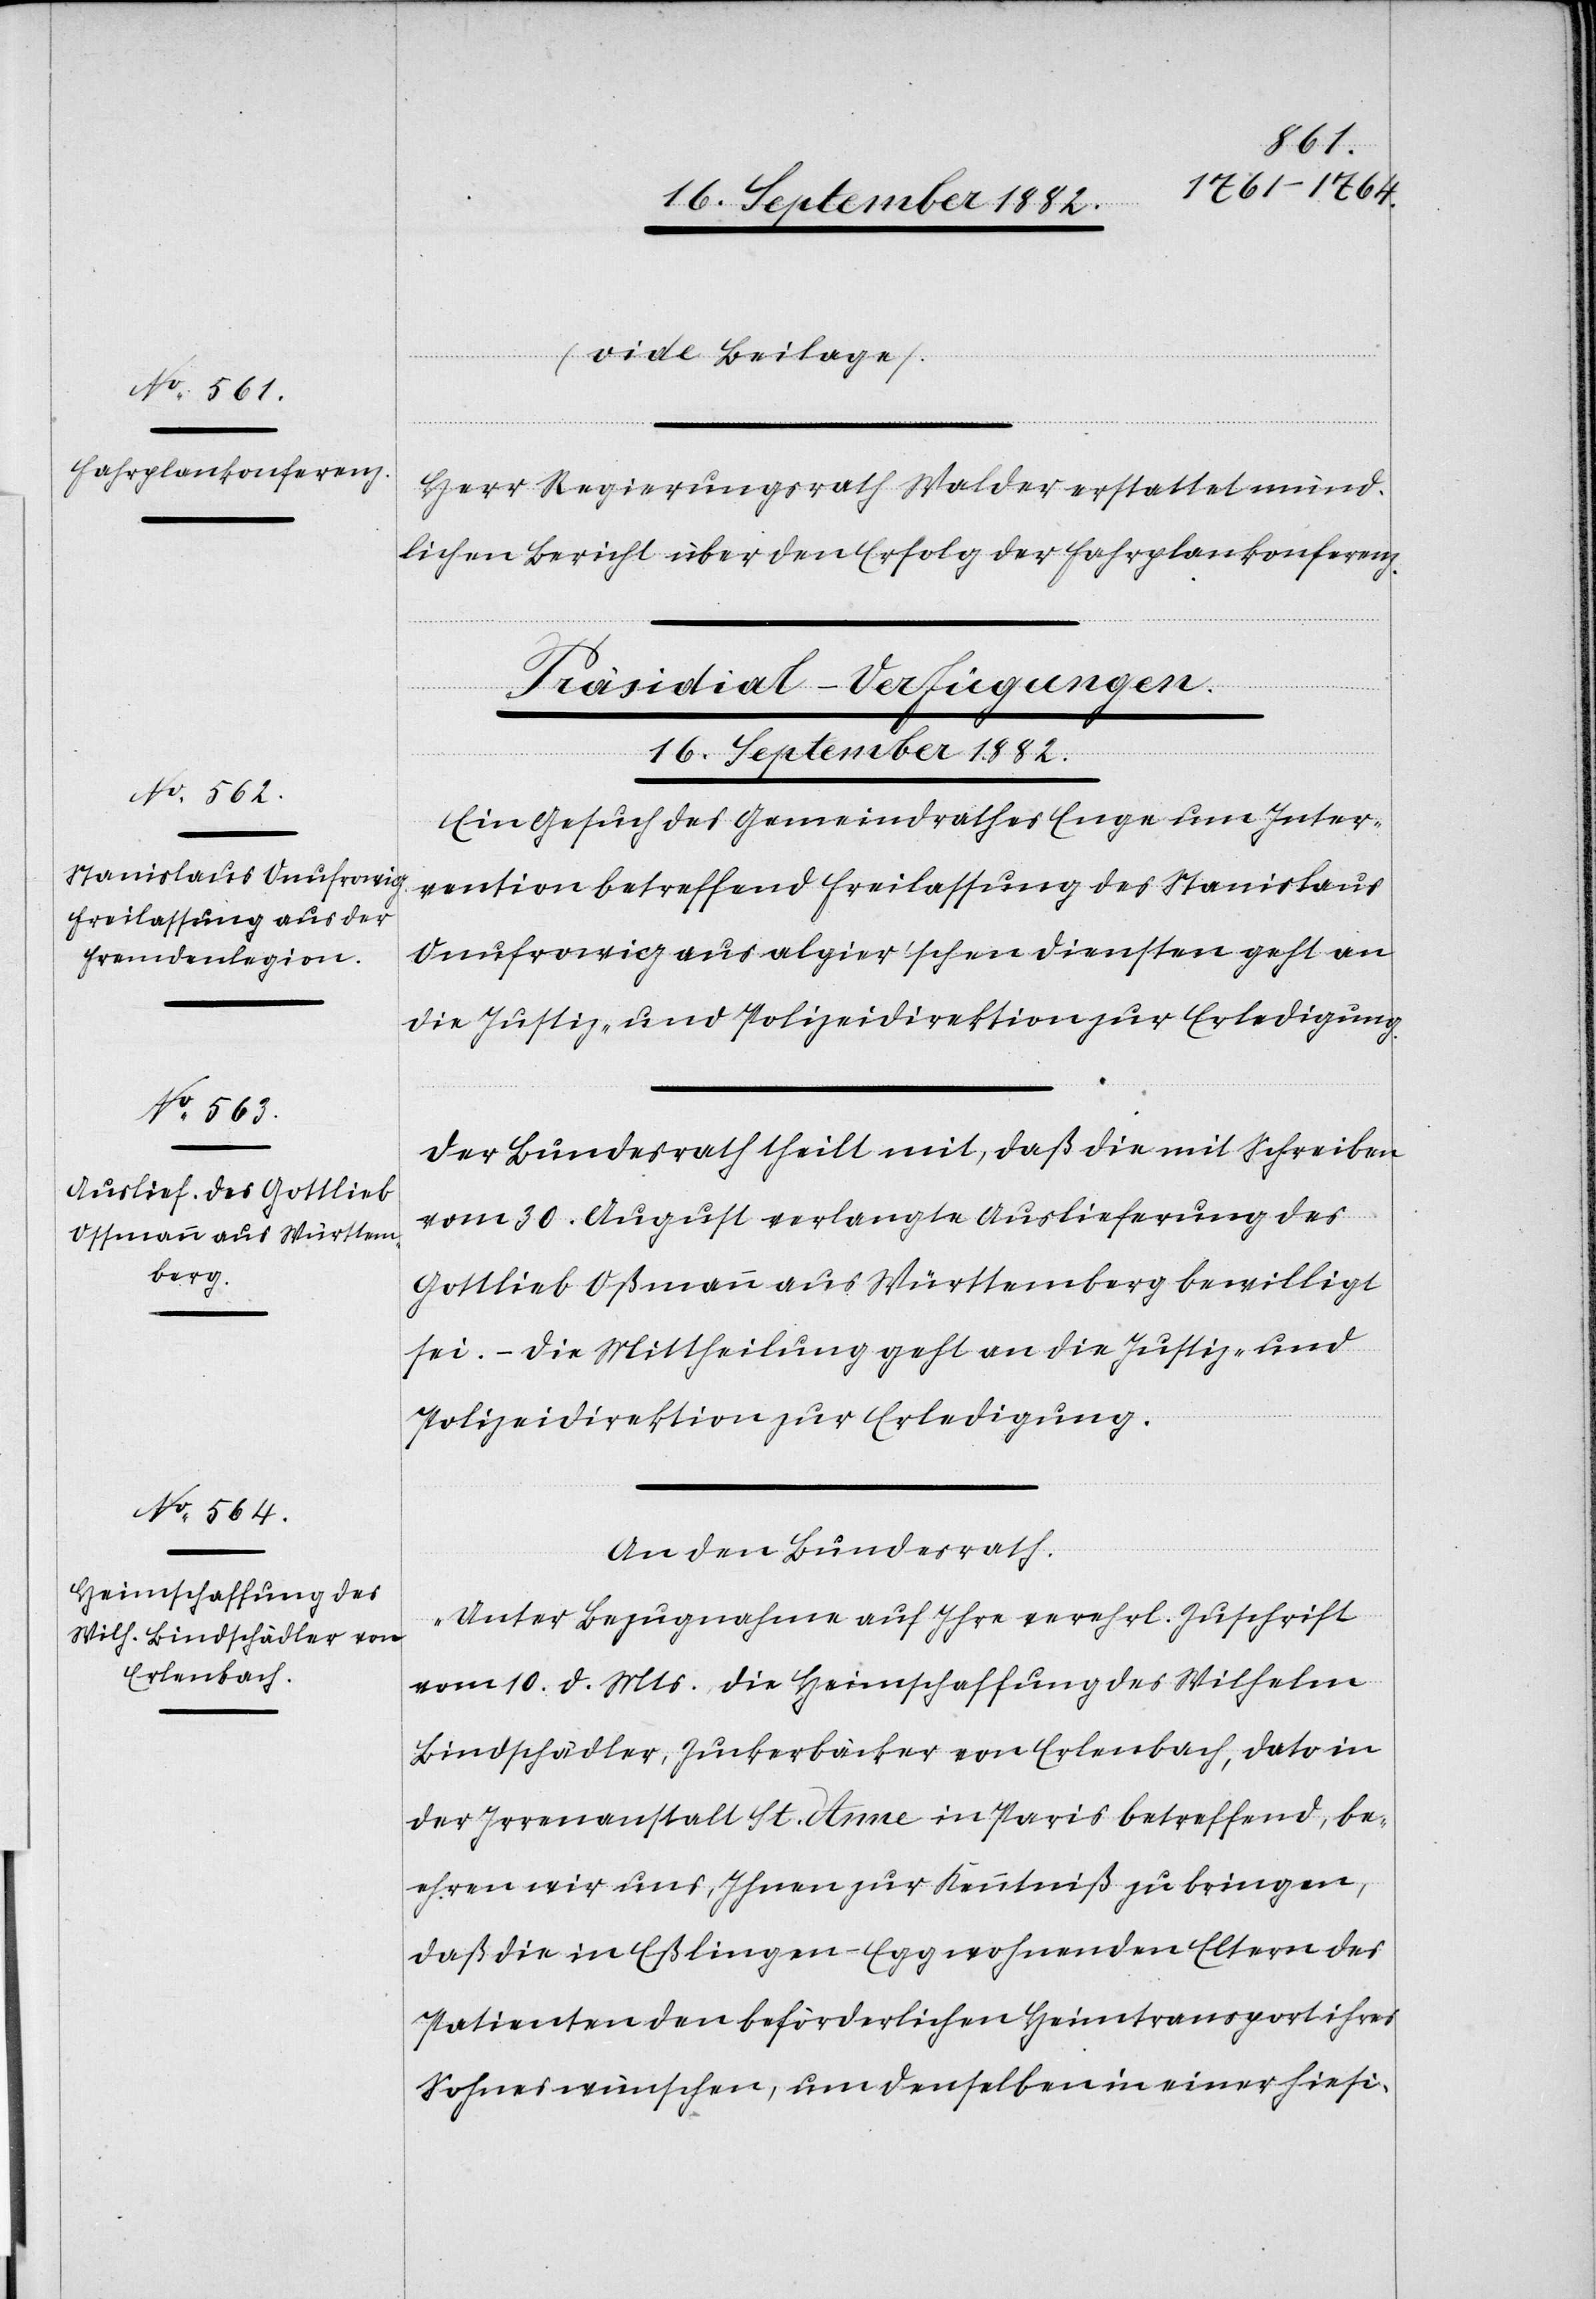
(vide Beilage).
Herr Regierungsrath Walder erstattet münd¬
lichen Bericht über den Erfolg der Fahrplankonferenz.
[Präsidial-Verfügungen.
16. September 1882.]
Ein Gesuch des Gemeindrathes Enge um Inter¬
vention betreffend Freilassung des Stanislaus
Onufrowicz [sic!] aus algier’schen Diensten geht an
die Justiz- & Polizeidirektion zur Erledigung.
Der Bundesrath theilt mit, daß die mit Schreiben
vom 30. August verlangte Auslieferung des
Gottlieb Oßmann [sic!] aus Württemberg bewilligt
sei. – Die Mittheilung geht an die Justiz- &
Polizeidirektion zur Erledigung.
An den Bundesrath.
„Unter Bezugnahme auf Ihre verehrl. Zuschrift
vom 10. d. Mts. die Heimschaffung des Wilhelm
Bindschädler, Zuckerbäckers von Erlenbach, dato in
der Irrenanstalt St. Anne in Paris betreffend, be¬
ehren wir uns, Ihnen zur Kenntniß zu bringen,
daß die in Eßlingen - Egg wohnenden Eltern des
Patienten den beförderlichen Heimtransport ihres
Sohnes wünschen, um denselben in einer hiesi-